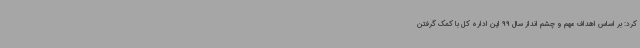
کرد: بر اساس اهداف مهم و چشم انداز سال 99 این اداره کل با کمک گرفتن